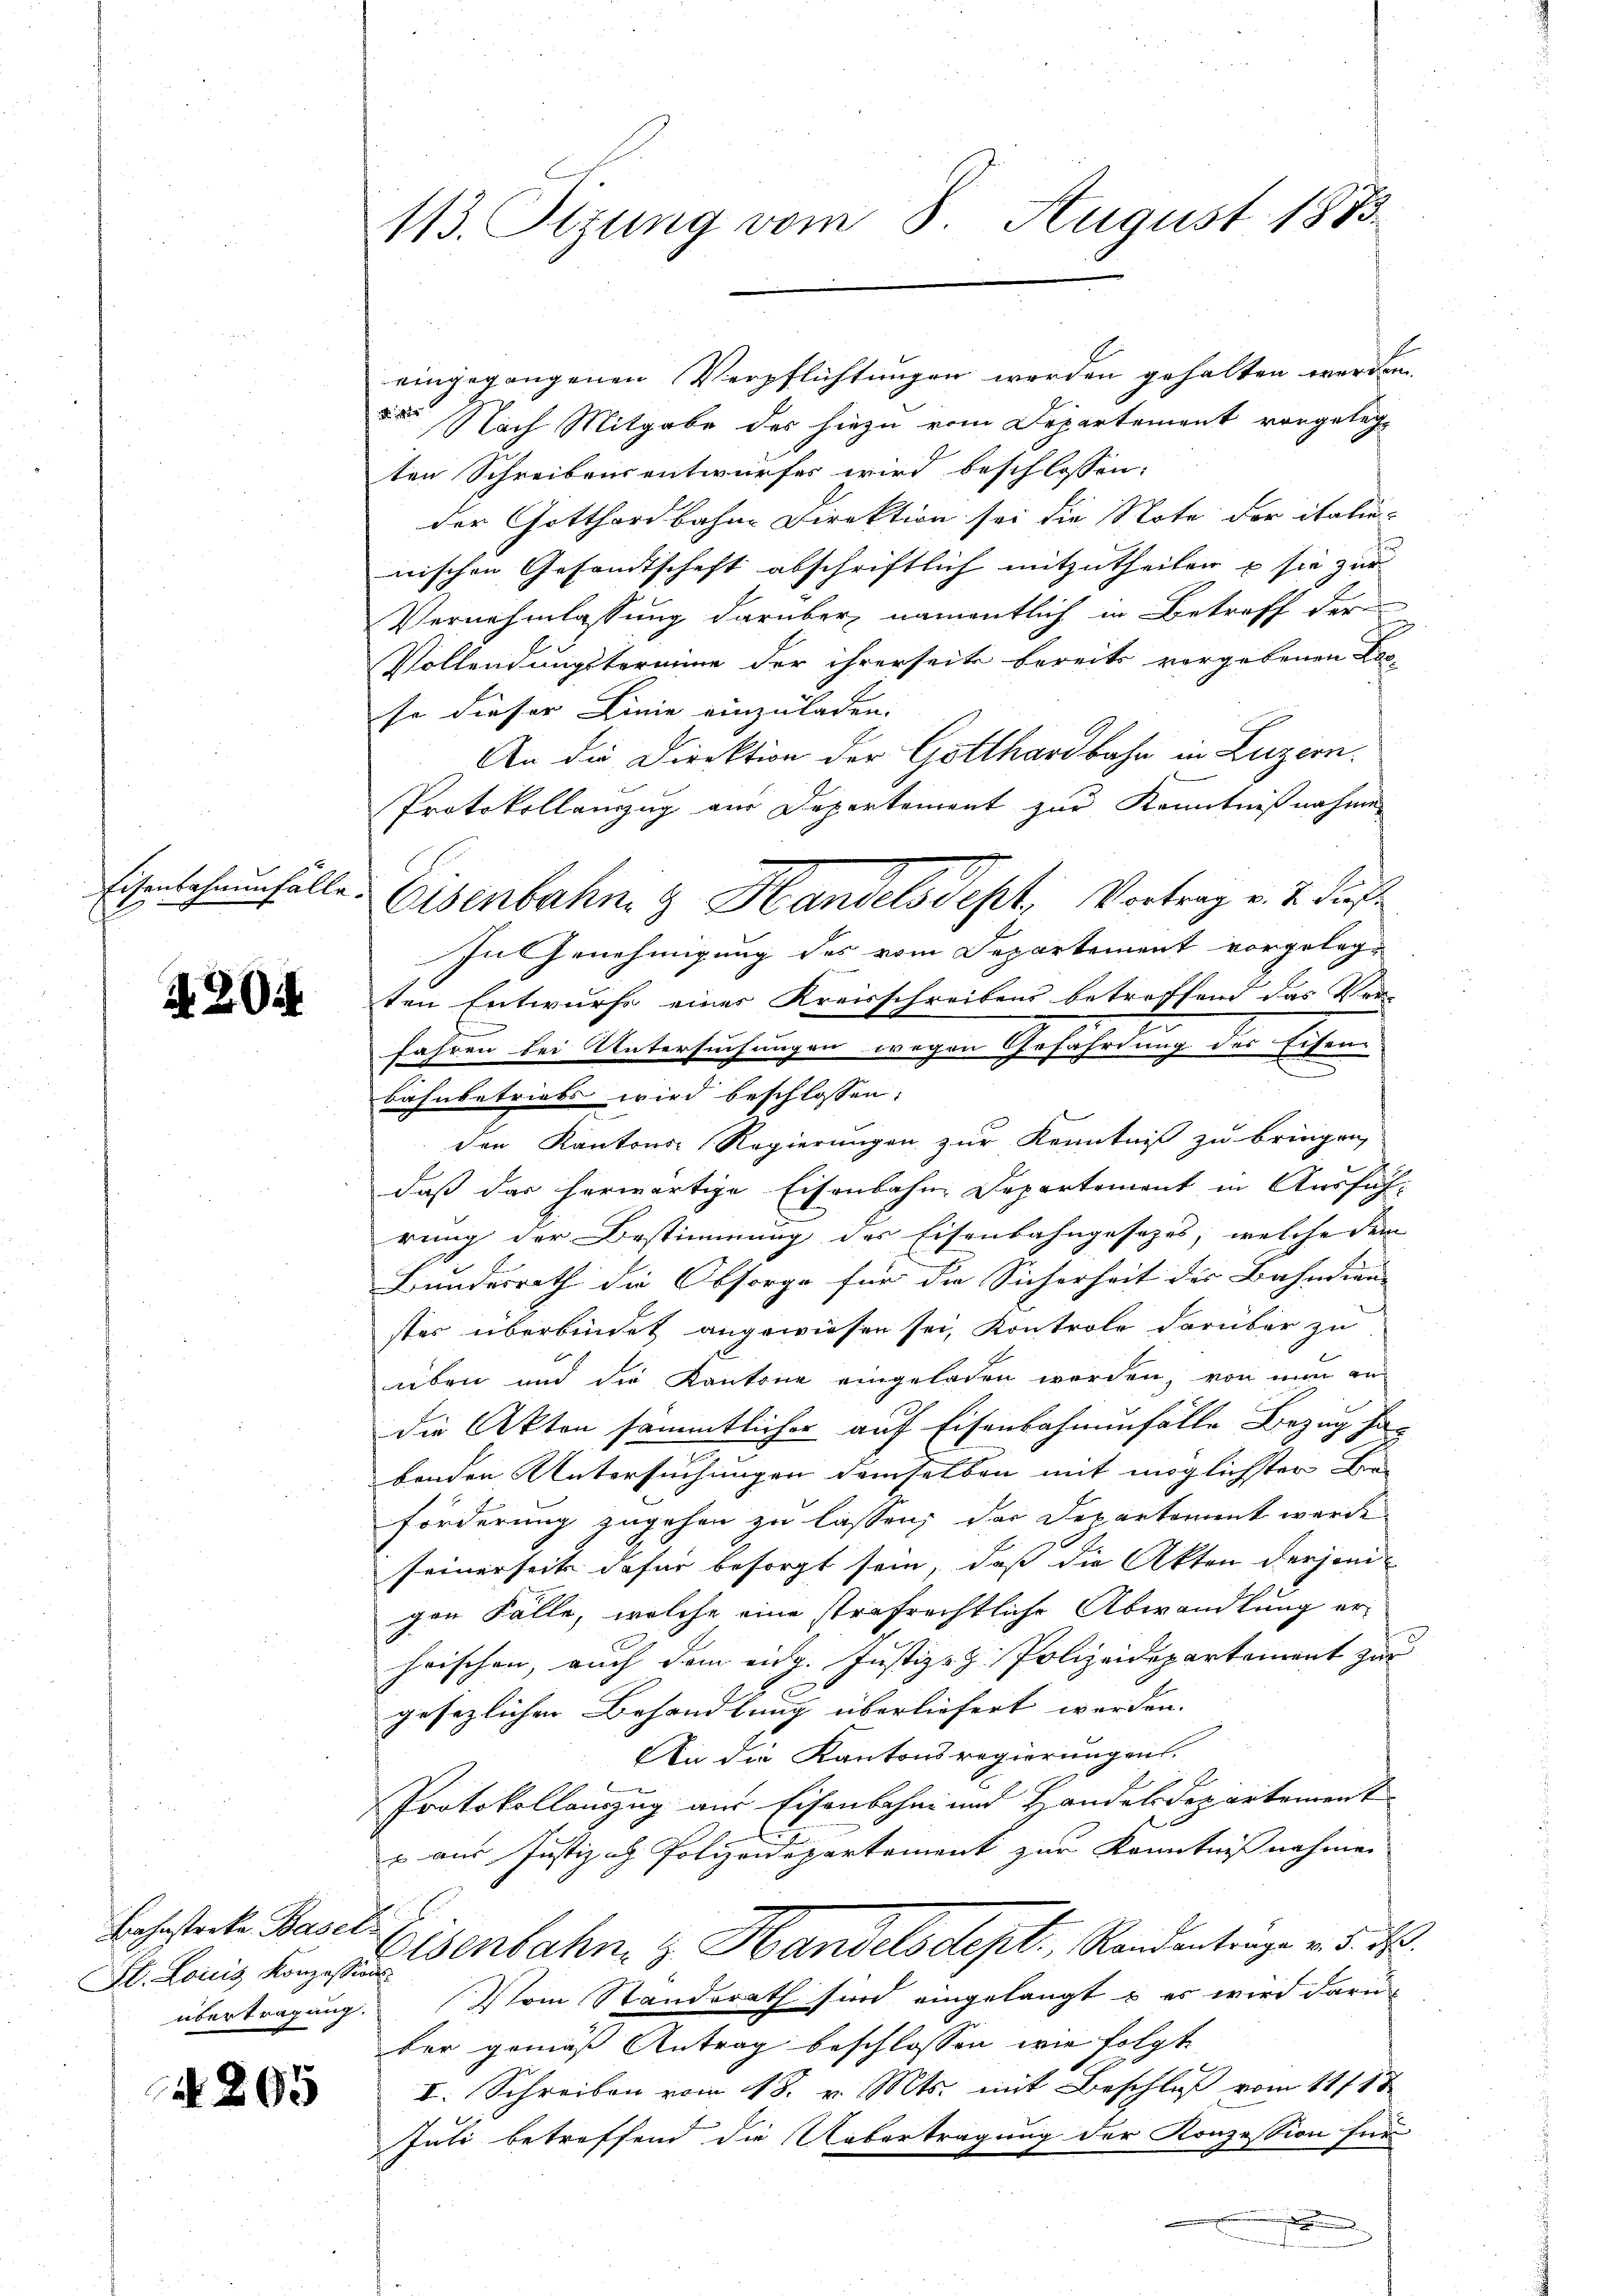
Eisenbahnenfälle.

20

Bahnstreke Basel
St. Louis Konzession
übertragung.

4 805

113. Sizung vom 8. August 1873.

Nach Mitgabe des hiezu vom Departement vorgeleg
ten Schreibensentwurfes wird beschlossen:
der Gotthardbahne Direktion sei die Note der italie-
nischen Gesandtschaft abschriftlich mitzutheilen u sie zur
Vernehmlassung darüber, namentlich in Betreff der
Vollendungstermine der ihrerseite bereits vorgebenen Lese dieser Linie einzuladen. |
An die Direktion der Gotthardbahn in Luzern
Protokollenzug aus Departement zur Kenntnißnahmen
In Genehmigung des vom Departement vorgelegten Entwurfe einer Kreisschreibens betroffend das Ver-
fahren bei Untersuchungen wegen Gefährdung des Eisen
bahnbetriebs wird beschlossen:
den Kantons-Regierungen zur Kenntniß zu bringen,
daß das herwärtige Eisenbahn-Departement in Ausfüh-
rung der Bestimmung des Eisenbahngesezes, welche dem
E.
Bundesrath die Obsorge für die Sicherheit der Bahndien- |
stes überbindet angewiesen sei, Kontrole darüber zu
aben und die Kantone eingeladen werden, von nun an
die Akten sämmtlicher auf Eisenbahnenfälle Bezug habenden Untersuchungen demselben mit möglichster Bra
förderung zugehen zu lassen, das Departement werde
seinerseits dafür besorgt sein, daß die Akten derjenigen Fälle, welche eine strafrechtliche Abwandlung er-
hrischen, auch dem eidg. Justiz- & Polizeidepartement zur
gesezlichen Behandlung überliefert werden. |
An die Kantonsregierungen.
Protokollauszug aus Eisenbahn und Handelsdepartement
s aus Justizih Polizeidepartement zur Kenntniß nahmen
Osenbahn, z. Handelsdept., Randentenge v. d. d.
Vom Standerath sind eingelangt & es wird darü
ber gemäß Antrag beschlossen wie folgt
I. Schreiben vom 18. v. Mts. mit Beschluß vom 11/18.
Juli betreffend die Uebertragung der Konzession für
.
Dame

Eisenbahn & Handelsdept, Vortrag v. J. Pf

eingegangenen Verpflichtungen werden gehalten werden.